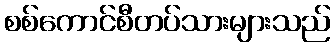
စစ်ကောင်စီတပ်သားများသည်